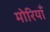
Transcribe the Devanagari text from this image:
मोरियाँ